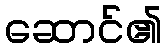
ဆောင်၏